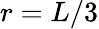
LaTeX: r=L/3